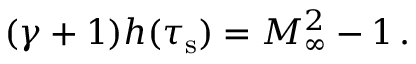
\begin{array} { r } { ( \gamma + 1 ) h ( \tau _ { \mathrm { s } } ) = M _ { \infty } ^ { 2 } - 1 \, . } \end{array}